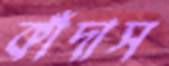
কাঁদাস